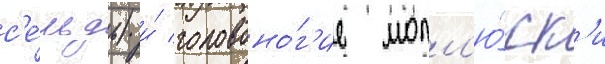
с'е́льдь) и́ головоно́г'ие молл'ю́ск'и